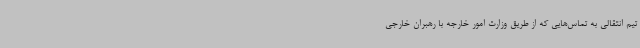
تیم انتقالی به تماس‌هایی که از طریق وزارت امور خارجه با رهبران خارجی